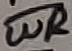
Text: WR